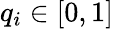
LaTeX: q_{i}\in[0,1]